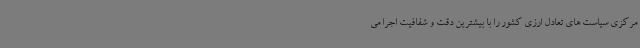
مرکزی سیاست های تعادل ارزی کشور را با بیشترین دقت و شفافیت اجرا می